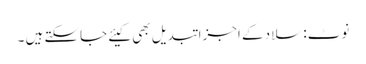
نوٹ: سلاد کے اجزا تبدیل بھی کیئے جاسکتے ہیں ۔